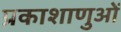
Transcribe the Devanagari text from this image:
प्रकाशाणुओं